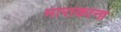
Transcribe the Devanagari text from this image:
माराकाना